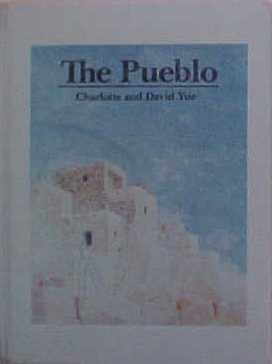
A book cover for The Pueblo; Charlotte Yue; Children's Books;